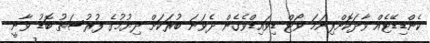
ކެންޑިޑޭޓެއް ވާދަކޮށްފިނަމަ ވޯޓް ޑިވައިޑްވެގެން ދެވަނަ ބުރަކަށް ދިޔުމުގެ ފުރުސަތު ބޮޑު ވާނީ